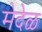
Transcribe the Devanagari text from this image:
मेदेळ